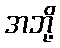
အဘို့